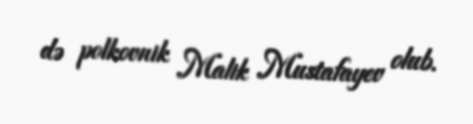
də polkovnik Malik Mustafayev olub.